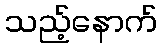
သည့်နောက်